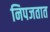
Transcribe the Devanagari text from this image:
निपजतात